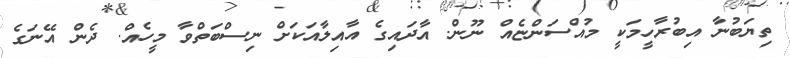
ތިޔަބުނާ އިބުރާހީމަކީ މުއްސަންޏެއް ނޫން. އާދައިގެ އާއިލާއަކަށް ނިސްބަތްވާ މީހެއް. ދެން އޭނަގެ